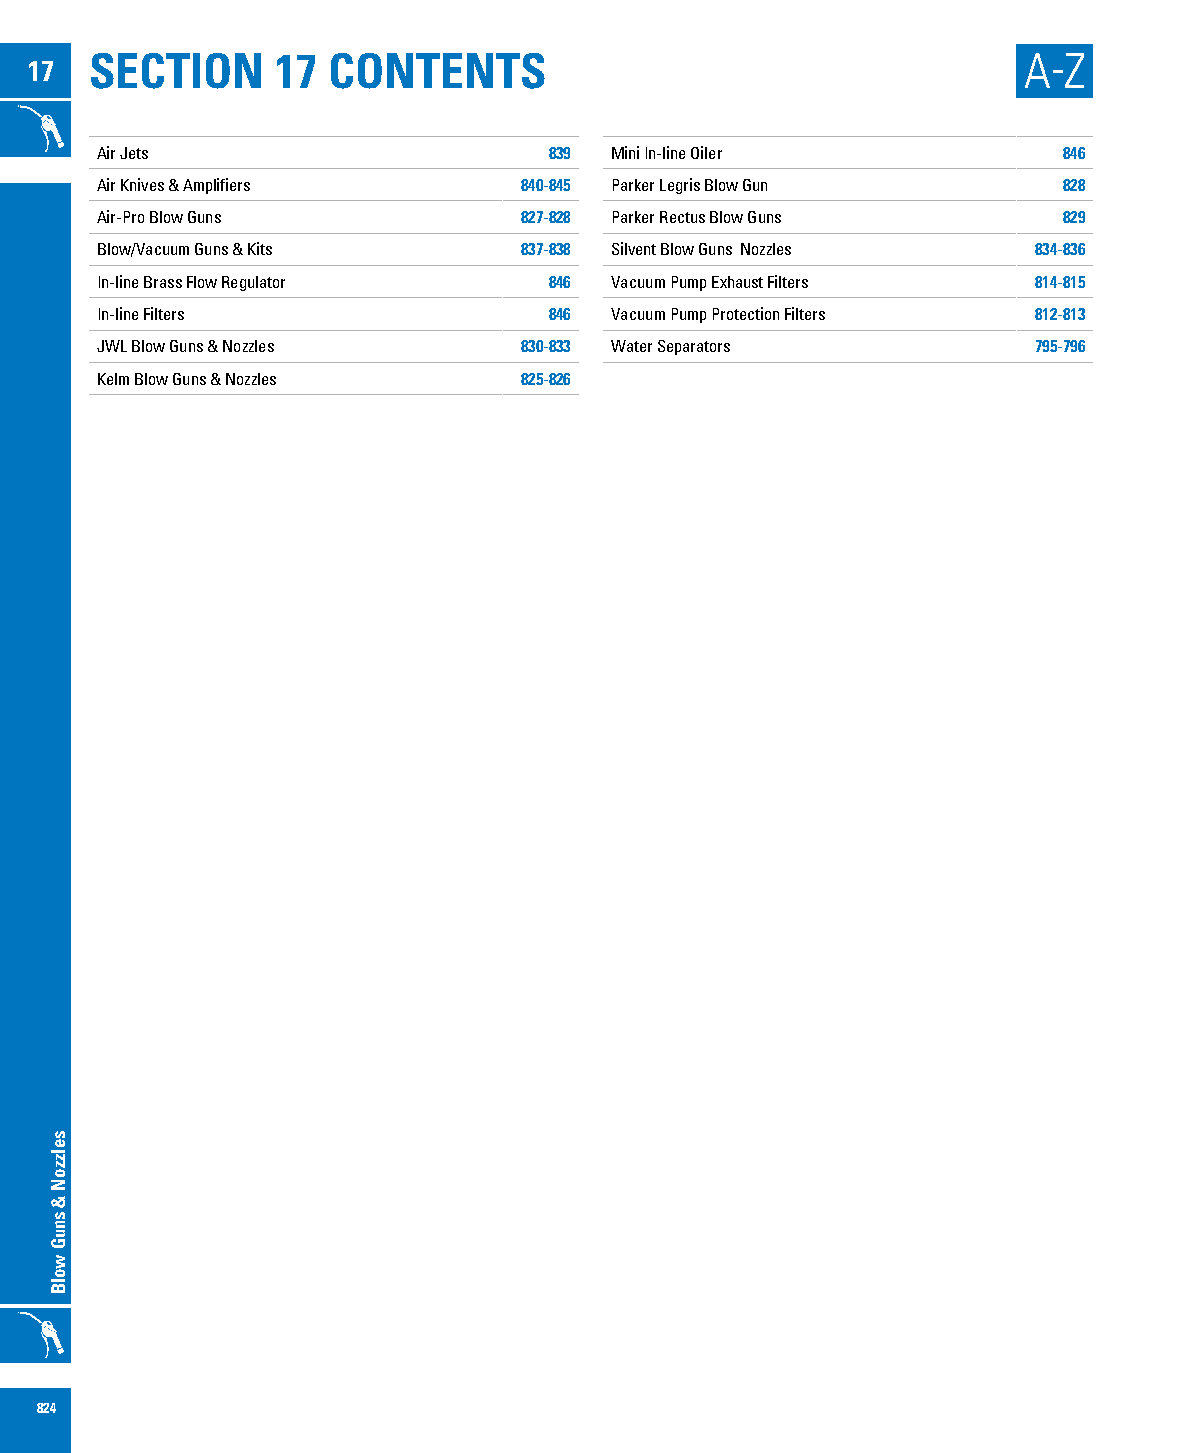
SECTION     17  CONTENTS                                      A-Z
 17
 Air Jets                      839 Mini In-line Oiler            846
 Air Knives & Amplifiers     840-845 Parker Legris Blow Gun      828
 Air-Pro Blow Guns           827-828 Parker Rectus Blow Guns     829
 Blow/Vacuum Guns & Kits     837-838 Silvent Blow Guns Nozzles 834-836
 In-line Brass Flow Regulator  846 Vacuum Pump Exhaust Filters 814-815
 In-line Filters               846 Vacuum Pump Protection Filters 812-813
 JWL Blow Guns & Nozzles     830-833 Water Separators          795-796
 Kelm Blow Guns & Nozzles    825-826
 824
 selzzoN
 &
 snuG
 wolB